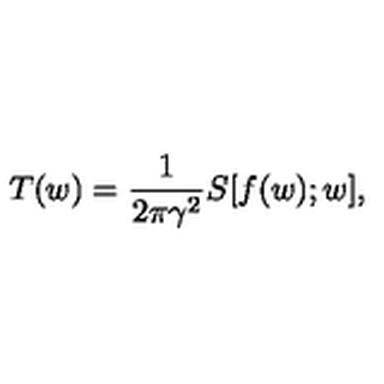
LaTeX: T ( w ) = \frac { 1 } { 2 \pi \gamma ^ { 2 } } S [ f ( w ) ; w ] ,